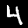
Digit: 4